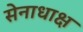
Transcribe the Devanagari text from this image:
सेनाधाक्ष